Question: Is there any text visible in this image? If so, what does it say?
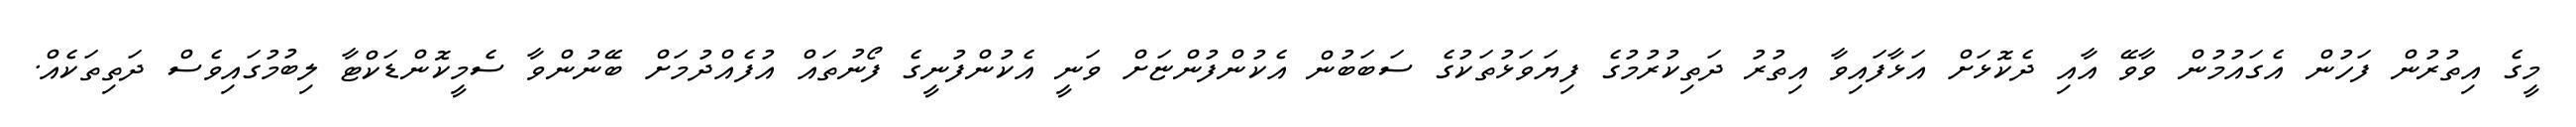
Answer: މީގެ އިތުރުން ފަހުން އެގައުމުން ވާވޭ އާއި ދެކޮޅަށް އަޅާފައިވާ އިތުރު ދަތިކުރުމުގެ ފިޔަވަޅުތަކުގެ ސަބަބުން އެކުންފުންޏަށް ވަނީ އެކުންފުނީގެ ފޯނުތައް އުފެއްދުމަށް ބޭނުންވާ ސެމީކޮންޑަކްޓާ ލިބުމުގައިވެސް ދަތިތަކެއް.